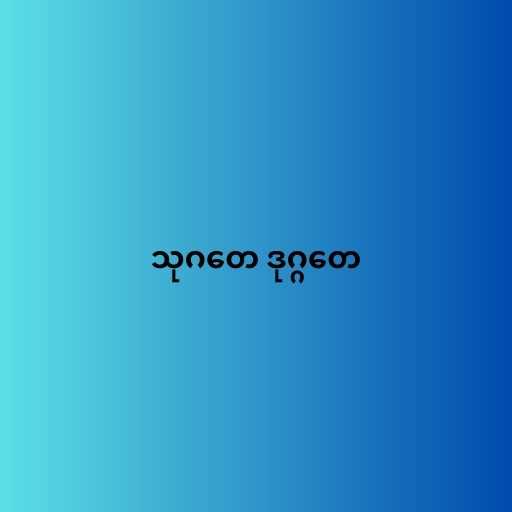
သုဂတေ ဒုဂ္ဂတေ